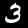
Label: 3